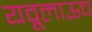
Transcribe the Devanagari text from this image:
यवूलाऊच